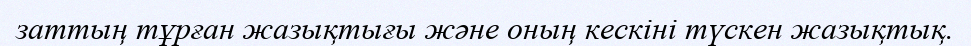
заттың тұрған жазықтығы және оның кескіні түскен жазықтық.